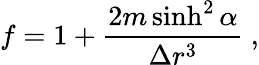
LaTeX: f=1+\frac{2m\sinh^{2}\alpha}{\Delta r^{3}}\ ,